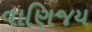
વાણિજય